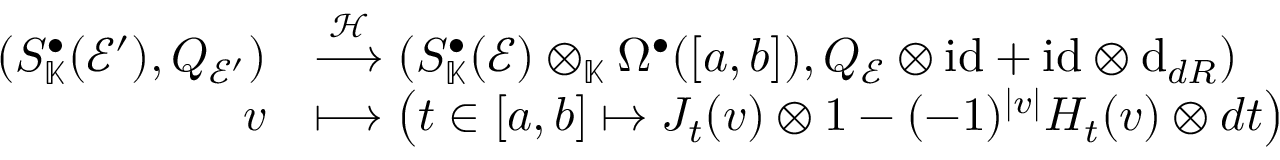
\begin{array} { r l } { ( S _ { \mathbb { K } } ^ { \bullet } ( \mathcal { E } ^ { \prime } ) , Q _ { \mathcal { E } ^ { \prime } } ) } & { \stackrel { \mathcal { H } } { \longrightarrow } ( S _ { \mathbb { K } } ^ { \bullet } ( \mathcal { E } ) \otimes _ { \mathbb { K } } \Omega ^ { \bullet } ( [ a , b ] ) , Q _ { \mathcal { E } } \otimes \mathrm { i d } + \mathrm { i d } \otimes \mathrm { d } _ { { d R } } ) } \\ { v } & { \longmapsto \left( t \in [ a , b ] \mapsto J _ { t } ( v ) \otimes 1 - ( - 1 ) ^ { | v | } H _ { t } ( v ) \otimes d t \right) } \end{array}